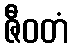
ဇီဝတံ